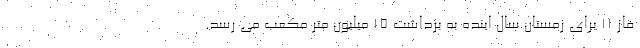
فاز ۱۱ برای زمستان سال اینده به برداشت ۱۵ میلیون متر مکعب می رسد.